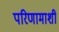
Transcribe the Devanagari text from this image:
परिणामाशी